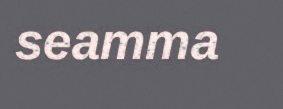
seamma